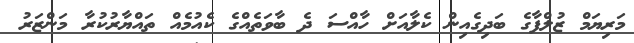
މަރިޔަމް ޒުލްފާގެ ބަދިގެއިން ކެލާއަށް ހާއްސަ ދެ ބާވަތެއްގެ ކެއުމެއް ތައްޔާރުކުރާ މަންޒަރު